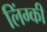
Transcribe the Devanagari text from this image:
लिंग्‍की